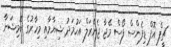
ޗީފް އޮފް ޑިފެންސް ފޯސް މޭޖާ ޖެނެރަލް އަހުމަދު ޝިޔާމާއި މިހާރުގެ ކޮމިޝަނާ